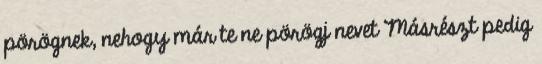
pörögnek, nehogy már te ne pörögj nevet Másrészt pedig